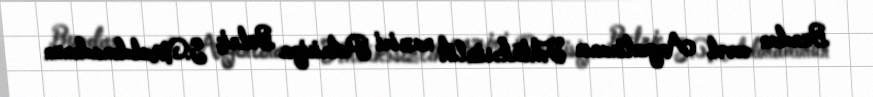
Bundan əvvəl Argentinanın Təhlükəsizlik naziri Patrisiya Bulriç S.Maldonadonun